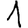
Digit: 1